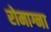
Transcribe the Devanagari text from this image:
रोमाग्ना